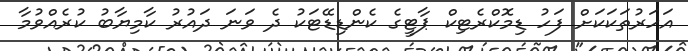
އަހަރުތަކަކަށް ފަހު ޑިމޮކްރެޓިކް ޕާޓީގެ ކެންޑިޑޭޓަކު ދެ ވަނަ ދައުރު ކާމިޔާބު ކުރެއްވުމާ